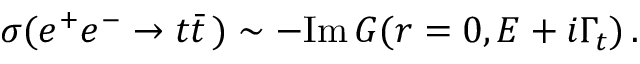
\sigma ( e ^ { + } e ^ { - } \to t \bar { t } \, ) \sim - \mathrm { I m } \, G ( r = 0 , E + i \Gamma _ { t } ) \, .